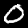
Label: 0